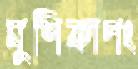
মুশিকাপং